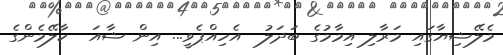
މެލޭޝިޔާގައި މަރާލި އިމާމުގެ ބަދަލު  އެހިއްޕެވީ... އިން ޝާއަ  ކާލޭމެންގެ